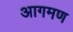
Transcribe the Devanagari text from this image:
आगमण